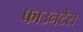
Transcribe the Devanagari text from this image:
फाउनटेंस